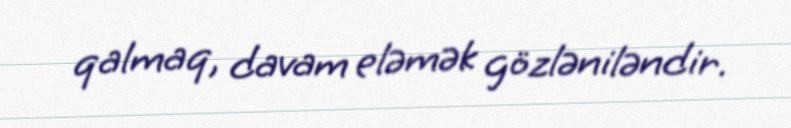
qalmaq, davam eləmək gözləniləndir.